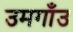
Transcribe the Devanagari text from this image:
उमगाँउ